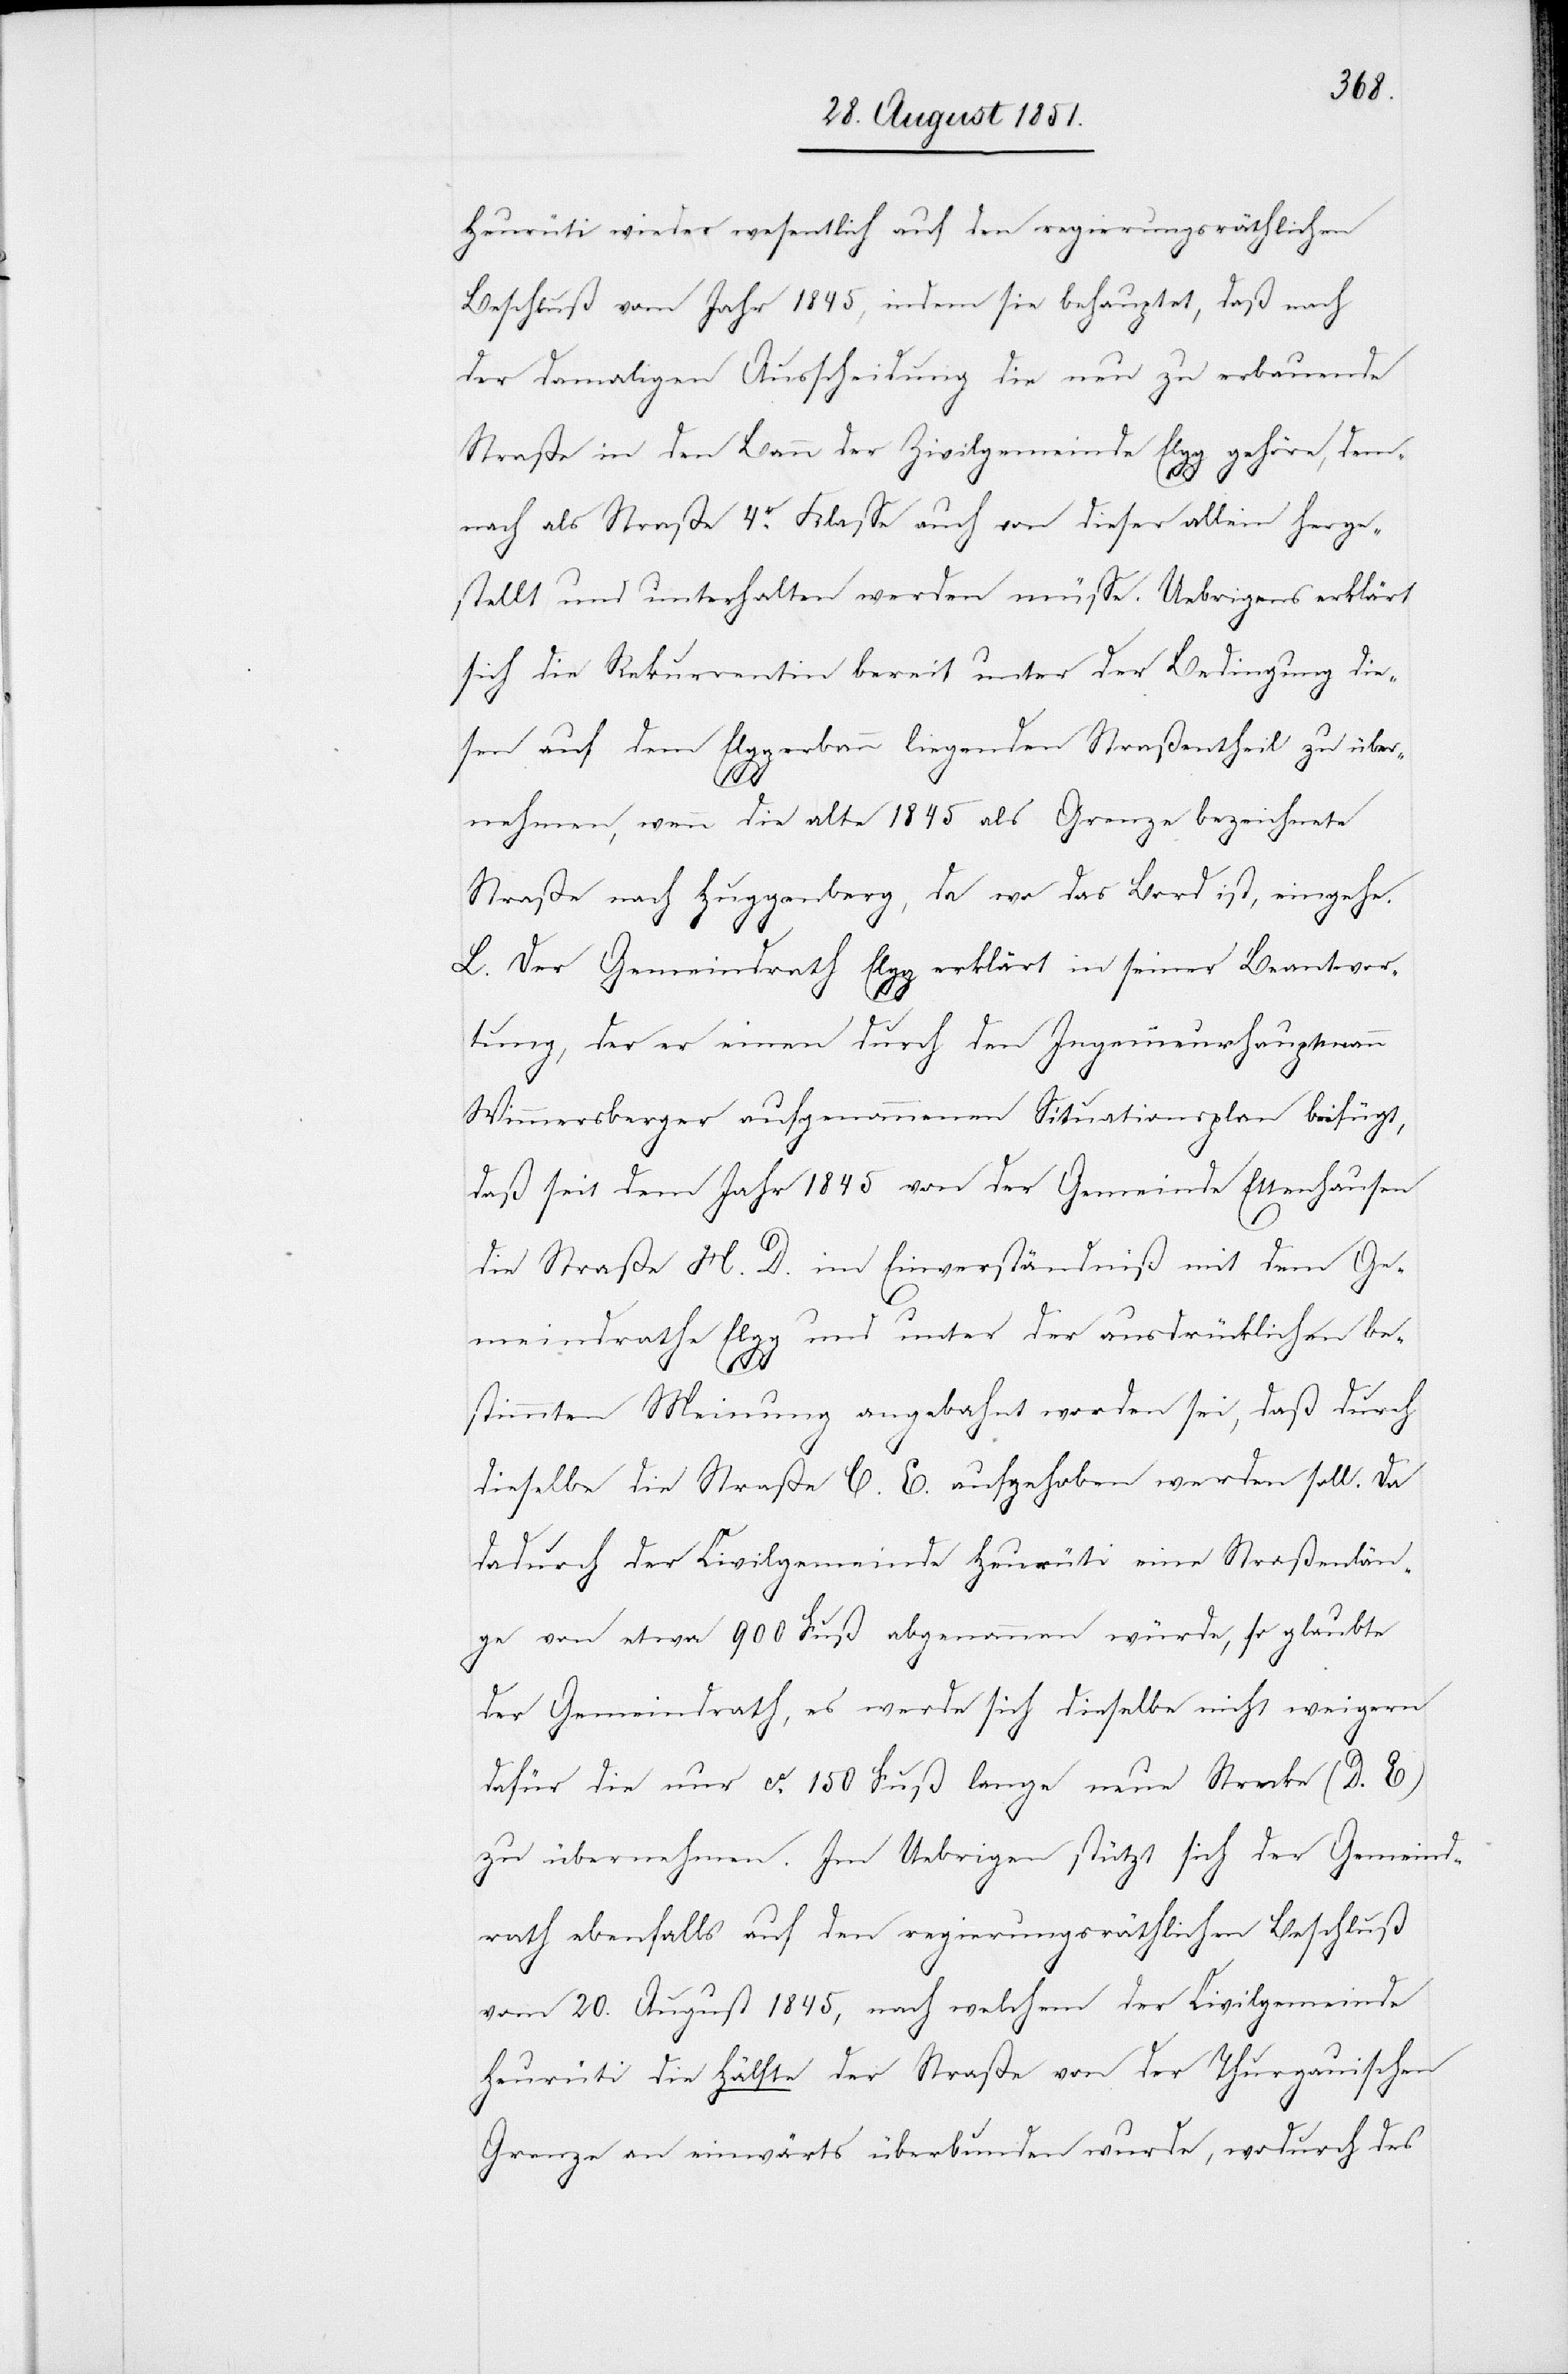
Heurüti wieder wesentlich auf den regierungsräthlichen
Beschluß vom Jahr 1845, indem sie behauptet, daß nach
der damaligen Ausscheidung die neu zu erbauende
Straße in den Bann der Zivilgemeinde Elgg gehöre, dem¬
nach als Straße 4r. Klasse auch von dieser allein herge¬
stellt und unterhalten werden müsse. Uebrigens erklärt
sich die Rekurrentin bereit unter der Bedingung die¬
sen auf dem Elggerbann liegenden Straßentheil zu über¬
nehmen, wenn die alte 1845 als Grenze bezeichnete
Straße nach Huggenberg, da wo das Bord ist, eingehe.
L. Der Gemeindrath Elgg erklärt in seiner Beantwor¬
tung, der er einen durch den Ingenieurhauptmann
Wimmersberger aufgenommenen Situationsplan beifügt,
daß seit dem Jahr 1845 von der Gemeinde Ettenhausen
die Straße H. D. im Einverständniß mit dem Ge¬
meindrathe Elgg und unter der ausdrücklichen be¬
stimmten Meinung angebahnt worden sei, daß durch
dieselbe die Straße C. E. aufgehoben werden soll. Da
dadurch der Civilgemeinde Heurüti eine Straßenlän¬
ge von etwa 900 Fuß abgenommen würde, so glaubte
der Gemeindrath, es werde sich dieselbe nicht weigern
dafür die nur ca. 150 Fuß lange neue Strecke (D. E)
zu übernehmen. Im Uebrigen stützt sich der Gemeind¬
rath ebenfalls auf den regierungsräthlichen Beschluß
vom 20. August 1845, nach welchem der Civilgemeinde
Heurüti die Hälfte der Straße von der Thurgauischen
Grenze an einwärts überbunden wurde, wodurch des